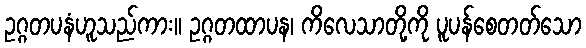
ဥဂ္ဂတပနံဟူသည်ကား။ ဥဂ္ဂတထာပန၊ ကိလေသာတို့ကို ပူပန်စေတတ်သော